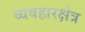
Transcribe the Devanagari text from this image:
व्यवहारक्षेत्र